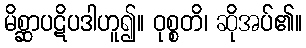
မိစ္ဆာပဋိပဒါဟူ၍။ ဝုစ္စတိ၊ ဆိုအပ်၏။